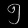
Digit: ၅